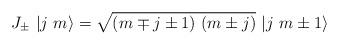
LaTeX: \begin{align*}J_{\pm }\ |j\ m\rangle =\sqrt{(m\mp j\pm 1)\ (m\pm j)}\ |j\ m\pm 1\rangle\end{align*}